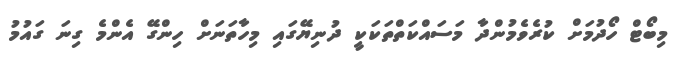
މިބޯޓް ހޯދުމަށް ކުރެވެމުންދާ މަސައްކަތްތަކަކީ ދުނިޔޭގައި މިހާތަނަށް ހިންގޭ އެންމެ ގިނަ ގައުމު